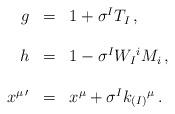
LaTeX: \begin{align*}\begin{array}{rcl}g & = & 1 + \sigma^{I}T_{I}\, ,\\& & \\h & = & 1 -\sigma^{I}W_{I}{}^{i}M_{i}\, ,\\& & \\x^{\mu\, \prime} & = & x^{\mu} +\sigma^{I}k_{(I)}{}^{\mu}\, .\\ \end{array}\end{align*}